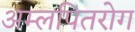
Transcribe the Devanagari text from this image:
अम्लपितरोग